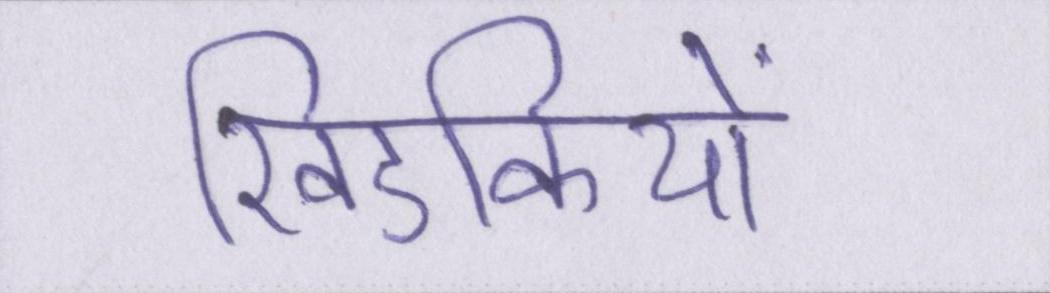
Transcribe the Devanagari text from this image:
खिडकियों